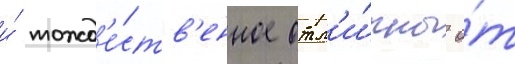
и́ тожд'е́ств'енное отл'и́чны о́т